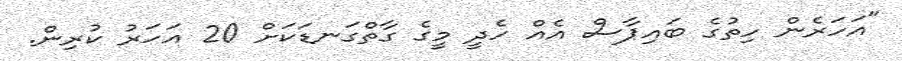
"އަހަރެން ހިތުގެ ބައިޕާސް އެއް ހެދީ މީގެ ގާތްގަނޑަކަށް 20 އަހަރު ކުރިން.